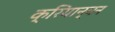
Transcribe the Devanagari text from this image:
क्रियान्यन